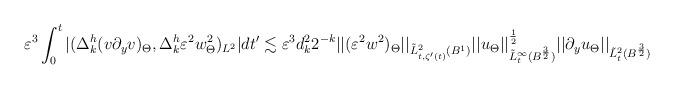
LaTeX: \begin{align*}\begin{aligned}\varepsilon^3\int_0^t{|(\Delta^h_k(v\partial_yv)_\Theta, \Delta^h_k\varepsilon^2w^2_\Theta)_{L^2}|dt'}\lesssim \varepsilon^3 d_k^22^{-k}||(\varepsilon^2 w^2)_\Theta||_{\tilde L^2_{t, \zeta'(t)}(B^1)}||u_\Theta||^\frac 12_{\tilde L^\infty_t(B^\frac 32)}||\partial_yu_\Theta||_{\tilde L^2_{t}(B^{\frac 32})}\end{aligned}\end{align*}